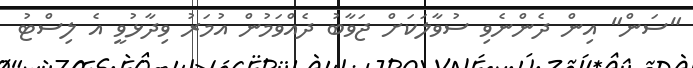
"ސަން" އިން ދެންނެވި ސުވާލަކަށް ޖަވާބު ދެއްވަމުން އުމަރު ވިދާޅުވީ އެ ލިސްޓު